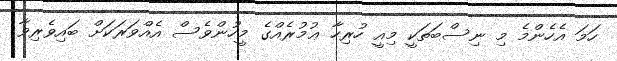
ހަމަ އެހެންމެ މި ނިސްބަތަކީ މިއީ ހުރިހާ ޢުމުރެއްގެ މީހުންވެސް އެއްވަރަކަށް ބައިވެރިވާ